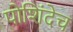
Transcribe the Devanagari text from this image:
पोशिंदेच